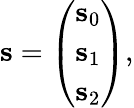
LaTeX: \begin{array}{r}{\mathbf s=\left(\begin{array}{c}{{\mathbf s}_{0}}\\ {{\mathbf s}_{1}}\\ {{\mathbf s}_{2}}\end{array}\right),}\end{array}